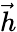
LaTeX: \vec{h}